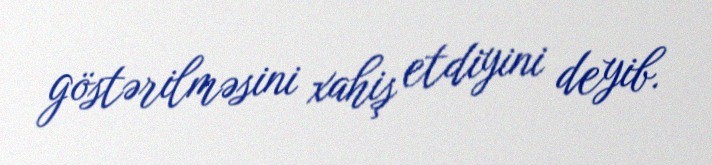
göstərilməsini xahiş etdiyini deyib.